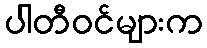
ပါတီဝင်များက